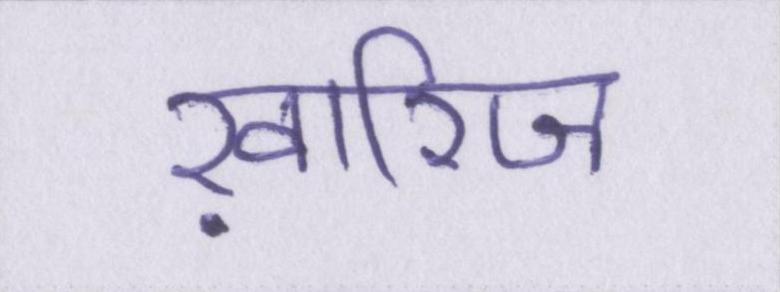
ख़ारिज